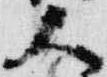
大